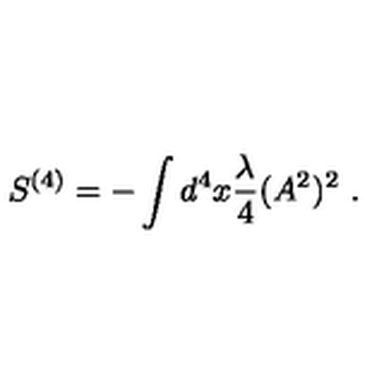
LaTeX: S ^ { ( 4 ) } = - \int d ^ { 4 } x \frac { \lambda } { 4 } ( A ^ { 2 } ) ^ { 2 } \ .